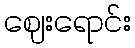
ဈေးရောင်း